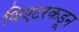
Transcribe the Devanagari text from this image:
थिएटरकडून